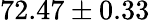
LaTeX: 72.47\pm 0.33